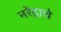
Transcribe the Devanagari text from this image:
नरेंद्राचे